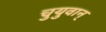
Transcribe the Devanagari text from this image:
चुयुवान्